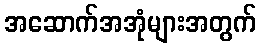
အဆောက်အအုံများအတွက်